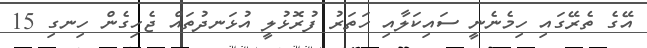
އޭގެ ތެރޭގައި ހިމެނެނީ ސައިކަލާއި ހަތަރު ފުރޮޅުލީ އުޅަނދުތައް ޖެހިގެން ހިނގި 15